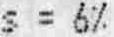
S = 6%